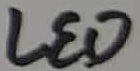
Text: LED